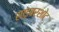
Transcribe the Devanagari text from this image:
साइबरशोट